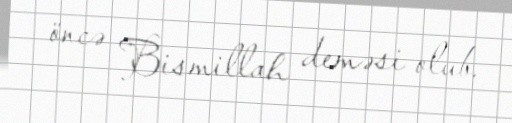
öncə Bismillah deməsi olub.